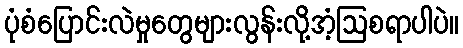
ပုံစံပြောင်းလဲမှုတွေများလွန်းလို့အံ့ဩစရာပါပဲ။